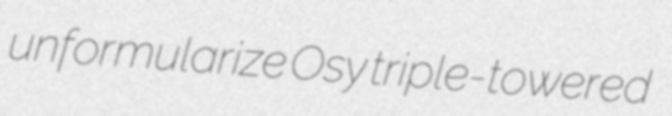
unformularize Osy triple-towered